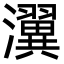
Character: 瀷